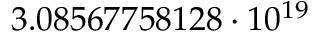
3 . 0 8 5 6 7 7 5 8 1 2 8 \cdot 1 0 ^ { 1 9 }